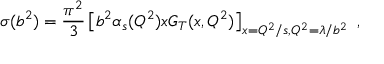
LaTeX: \sigma ( b ^ { 2 } ) = { \frac { \pi ^ { 2 } } { 3 } } \left[ b ^ { 2 } \alpha _ { s } ( Q ^ { 2 } ) x G _ { T } ( x , Q ^ { 2 } ) \right] _ { x = Q ^ { 2 } / s , Q ^ { 2 } = \lambda / b ^ { 2 } } \ ,